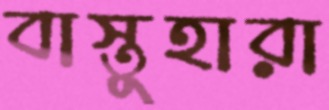
বাস্তুহারা